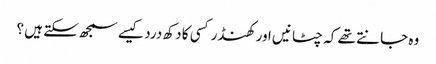
وہ جانتے تھے کہ چٹانیں اور کھنڈر کسی کا دکھ درد کیسے سمجھ سکتے ہیں ؟